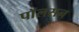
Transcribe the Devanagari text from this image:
पाॅलसन